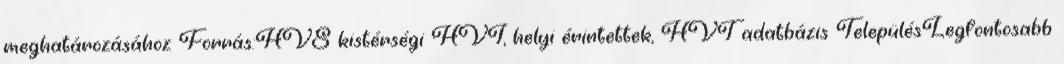
meghatározásához Forrás:HVS kistérségi HVI, helyi érintettek, HVT adatbázis TelepülésLegfontosabb